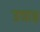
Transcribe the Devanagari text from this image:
उघाड़